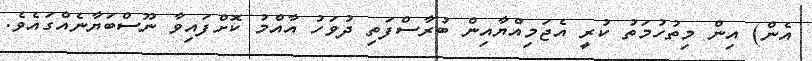
އެން) އިން މިތުހުމަތު ކުރީ އެޖަމިއްޔާއިން ބުރާސްފަތި ދުވަހު އާއްމު ކޮށްފައިވާ ނޫސްބަޔާނެއްގައެވެ.